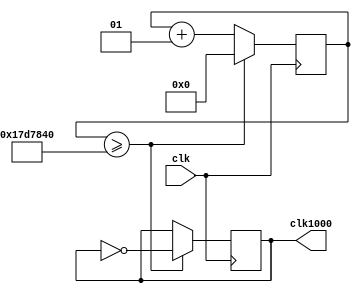
module clk1000ms(clk, clk1000);
	input clk;
	output reg clk1000;
	
	integer count = 0;
	always @(posedge clk) begin
		
		count <= count + 1;

		if(count >= (25000000)) begin
			count <= 0;
			clk1000 <= ~clk1000;
		end
		
	end
endmodule